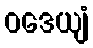
ဝဒေယျံ